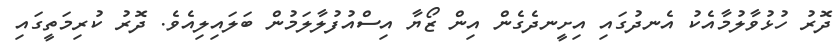
ދޮރު ހުޅުވާލުމާއެކު އެނދުގައި އިށީނދެގެން އިން ޒޯޔާ އިސްއުފުލާލަމުން ބަލައިލިއެވެ. ދޮރު ކުރިމަތީގައި